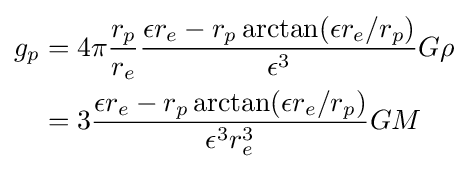
{\begin{aligned}g_{p}&=4\pi {\frac {r_{p}}{r_{e}}}{\frac {\epsilon r_{e}-r_{p}\arctan(\epsilon r_{e}/r_{p})}{\epsilon ^{3}}}G\rho \\&=3{\frac {\epsilon r_{e}-r_{p}\arctan(\epsilon r_{e}/r_{p})}{\epsilon ^{3}r_{e}^{3}}}GM\\\end{aligned}}